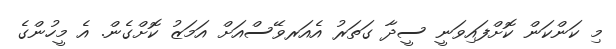
މި ކަންކަން ކޮށްފައިވަނީ ސީދާ ގަތަރު އެއަރވޭސްއަށް އަމަޒު ކޮށްގެން. އެ މީހުންގެ